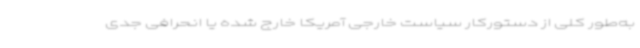
به‌طور کلی از دستورکار سیاست خارجی آمریکا خارج شده یا انحرافی جدی